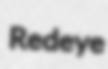
Redeye